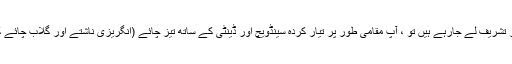
اگر آپ ہفتے کے آخر کی دوپہر پر تشریف لے جارہے ہیں تو ، آپ مقامی طور پر تیار کردہ سینڈویچ اور ڈینٹی کے ساتھ تیز چائے (انگریزی ناشتے اور گلاب چائے کا انوکھا مرکب) رکھنا چاہیں گے۔